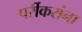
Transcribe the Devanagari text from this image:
पर्रीकरांना